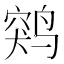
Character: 𱊖